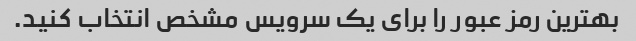
بهترین رمز عبور را برای یک سرویس مشخص انتخاب کنید.